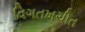
વિગતખચીત